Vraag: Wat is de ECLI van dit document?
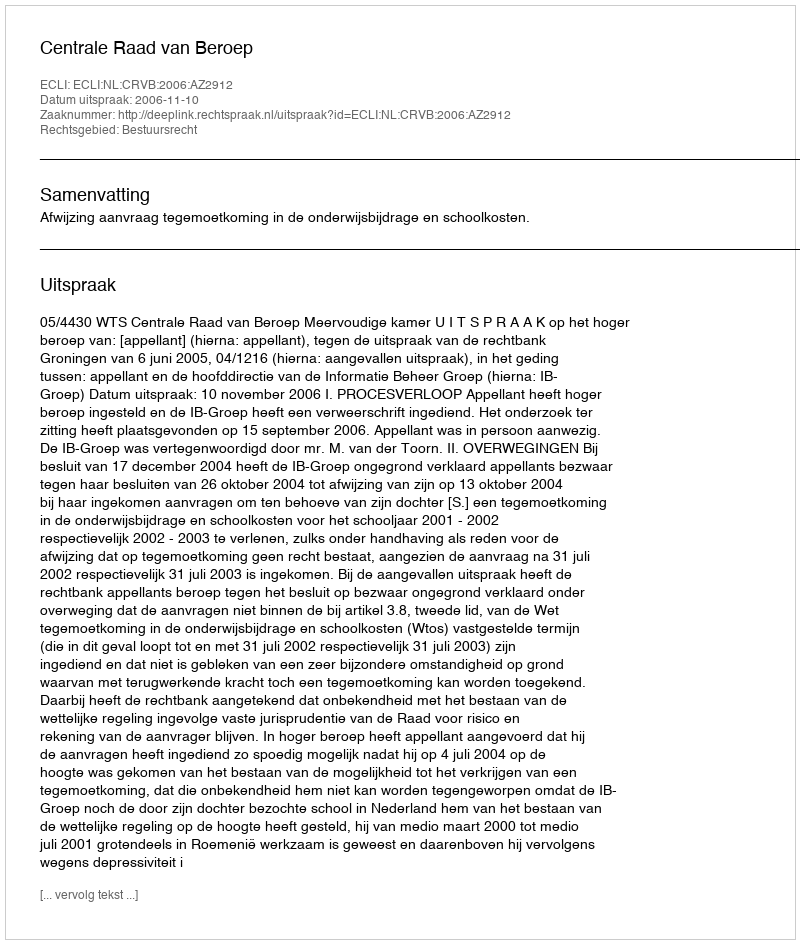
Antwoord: ECLI:NL:CRVB:2006:AZ2912